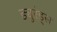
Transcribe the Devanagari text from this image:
ड्युरंड्स